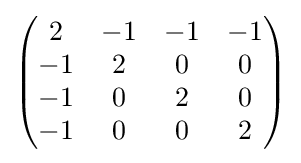
{\begin{pmatrix}2&-1&-1&-1\\-1&2&0&0\\-1&0&2&0\\-1&0&0&2\end{pmatrix}}